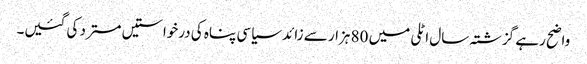
واضح رہے گزشتہ سال اٹلی میں 80 ہزار سے زائد سیاسی پناہ کی درخواستیں مسترد کی گئیں۔